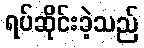
ရပ်ဆိုင်းခဲ့သည်